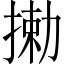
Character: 𫽘